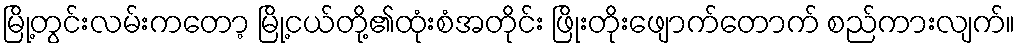
မြို့တွင်းလမ်းကတော့ မြို့ငယ်တို့၏ထုံးစံအတိုင်း ဖြိုးတိုးဖျောက်တောက် စည်ကားလျက်။